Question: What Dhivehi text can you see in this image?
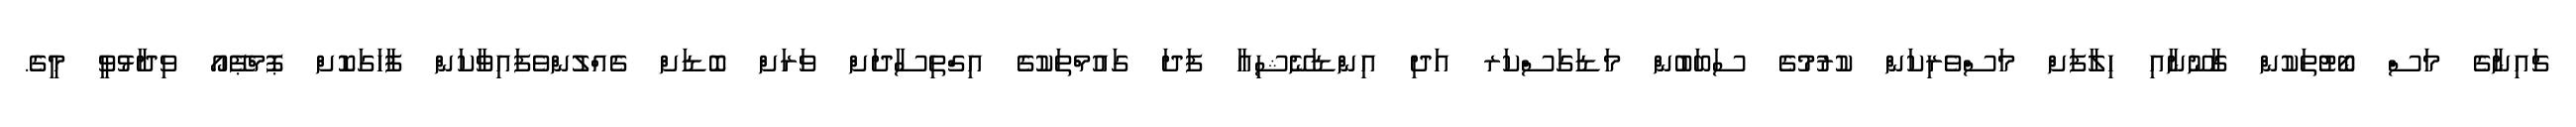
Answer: ޗައިނާގެ މަސް ބޯޓުތަކުން ގާނޫނާއި ހިލާފަށް މަސްވެރިކަން ކުރުމުގެ ސަބަބުން މަޑަގަސްކަރ އަދި އިންޑަނޭޝިއާ ފަދަ ގައުމްތަކުގެ އިގްތިސާދަށް ވަރަށް ބޮޑަށް ގެއްލުންވެފައިވާކަން ފާހަގަކޮށް ޕޮމްޕޭއޯ ވިދާޅުވީ މީގެ.